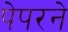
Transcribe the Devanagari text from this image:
पेपरने